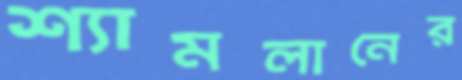
শ্যামলানের